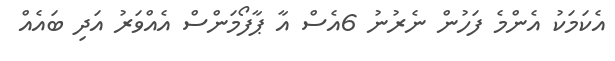
އެކަމަކު އެންމެ ފަހުން ނެރުނު 6އެސް އާ ޕާފޯމަންސް އެއްވަރު އަދި ބައެއް